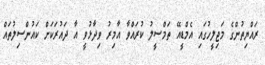
ރައްޔިތުންގެ މަޖިލީހުގައި އެމްޑީއޭ ތަމްސީލު ކުރައްވާ އާމިރު ވިދާޅުވީ އާ ދައުރަކަށް ކައުންސިލުތައް